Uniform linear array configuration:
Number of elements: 24
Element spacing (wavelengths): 0.25
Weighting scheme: hann
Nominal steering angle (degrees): -45
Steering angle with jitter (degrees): -45.386
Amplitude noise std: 0.05
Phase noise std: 0.05

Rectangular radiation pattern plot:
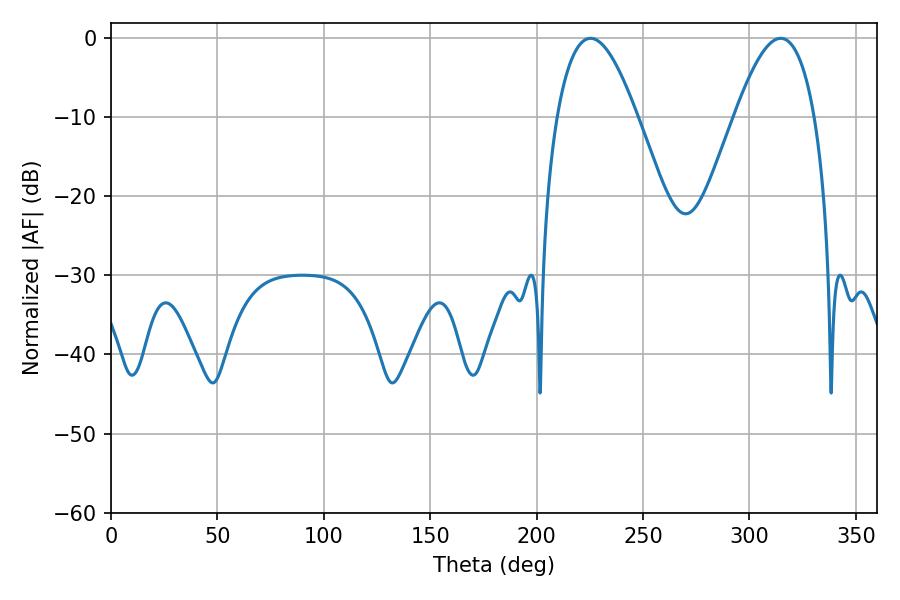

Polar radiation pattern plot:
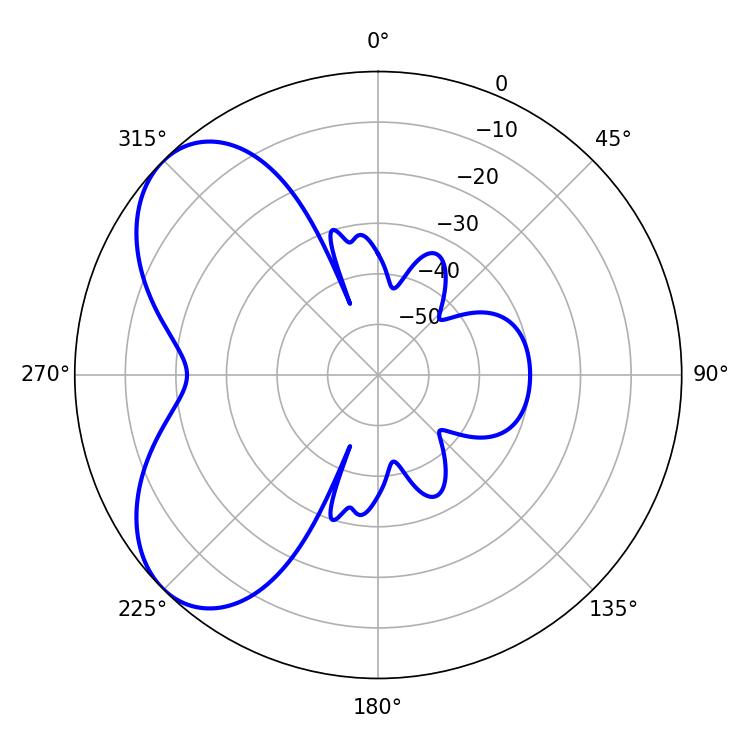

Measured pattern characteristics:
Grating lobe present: FALSE
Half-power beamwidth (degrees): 20.52
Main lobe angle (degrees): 225.36